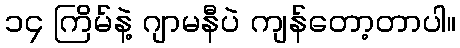
၁၄ ကြိမ်နဲ့ ဂျာမနီပဲ ကျန်တော့တာပါ။